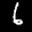
Label: 6